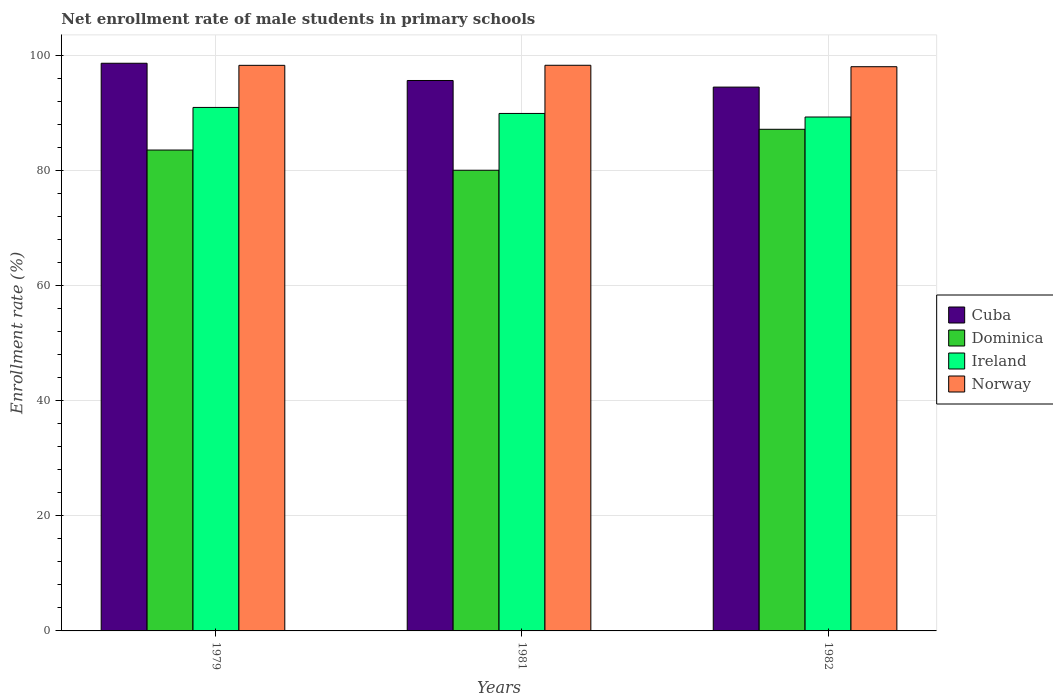
| Years | Cuba | Dominica | Ireland | Norway |
 | --- | --- | --- | --- | --- |
 | 1979 | 98.6 | 83.5 | 90.9 | 98.3 |
 | 1981 | 95.6 | 80 | 89.9 | 98.3 |
 | 1982 | 94.5 | 87.2 | 89.3 | 98 |